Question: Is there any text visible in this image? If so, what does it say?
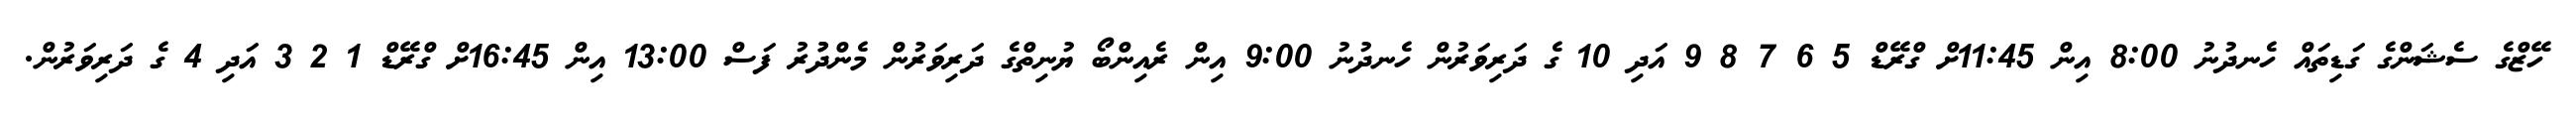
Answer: ހޭޒްގެ ސެޝަންގެ ގަޑިތައް ހެނދުނު 8:00 އިން 11:45ށް ގްރޭޑް 5 6 7 8 9 އަދި 10 ގެ ދަރިވަރުން ހެނދުނު 9:00 އިން ރެއިންބޯ ޔުނިތްގެ ދަރިވަރުން މެންދުުރު ފަސް 13:00 އިން 16:45ށް ގްރޭޑް 1 2 3 އަދި 4 ގެ ދަރިވަރުން.